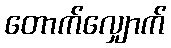
တောက်လျှောက်